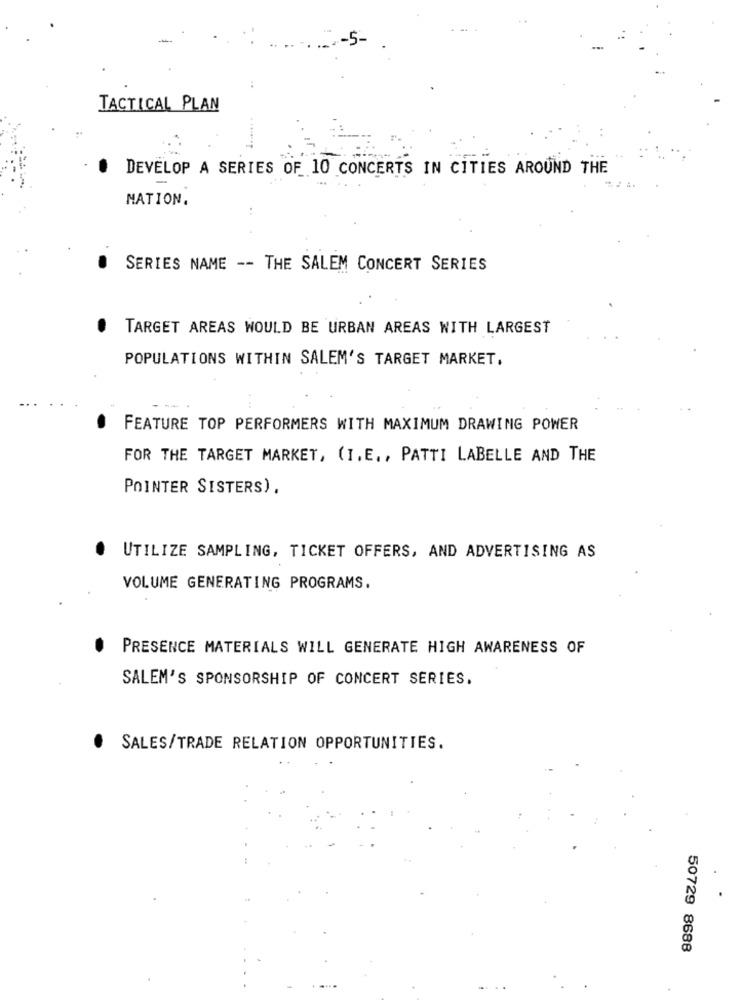
-5-
TACTICAL PLAN
DEVELOP A SERIES OF 10 CONCERTS IN CITIES AROUND THE
MATION.
SERIES NAME -- THE SALEM CONCERT SERIES
TARGET AREAS WOULD BE URBAN AREAS WITH LARGEST
POPULATIONS WITHIN SALEM'S TARGET MARKET.
FEATURE TOP PERFORMERS WITH MAXIMUM DRAWING POWER
FOR THE TARGET MARKET, (I. E ., PATTI LABELLE AND THE
POINTER SISTERS).
UTILIZE SAMPLING, TICKET OFFERS, AND ADVERTISING AS
VOLUME GENERATING PROGRAMS.
.
PRESENCE MATERIALS WILL GENERATE HIGH AWARENESS OF
SALEM'S SPONSORSHIP OF CONCERT SERIES.
.
SALES/TRADE RELATION OPPORTUNITIES.
50729 8688